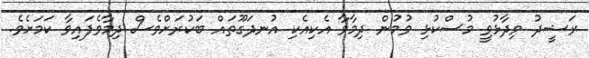
ރަޝީދު ވިދާޅުވީ މުސްކުޅި ވުމުން ދިމާވާ އެކިއެކި އުނދަގޫތައް ބަކުރަށްވެސް ދިމާވެފައިވާ ކަމަށެވެ.